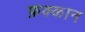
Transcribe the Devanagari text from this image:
फ़क्कान